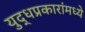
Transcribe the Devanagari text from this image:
युद्धप्रकारांमध्ये